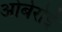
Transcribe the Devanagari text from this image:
ओबेरोई